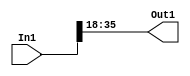
module velocityControlHdl_Convert_Data_Type_block1
          (
           In1,
           Out1
          );


  input   signed [35:0] In1;  // sfix36_En28
  output  signed [17:0] Out1;  // sfix18_En10


  wire signed [17:0] Data_Type_Conversion_out1;  // sfix18_En10


  // <S45>/Data Type Conversion
  assign Data_Type_Conversion_out1 = In1[35:18];



  assign Out1 = Data_Type_Conversion_out1;

endmodule